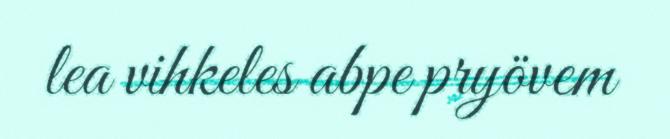
lea vihkeles abpe pryövem